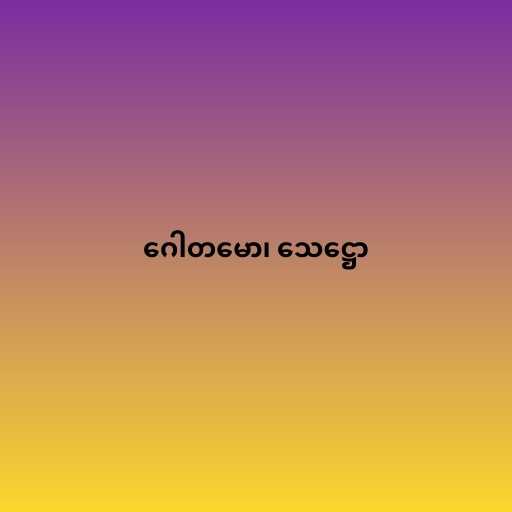
ဂေါတမော၊ သေဋ္ဌော